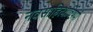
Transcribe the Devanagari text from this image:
नवसाहित्याविषयी